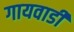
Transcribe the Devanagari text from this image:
गायवाडी